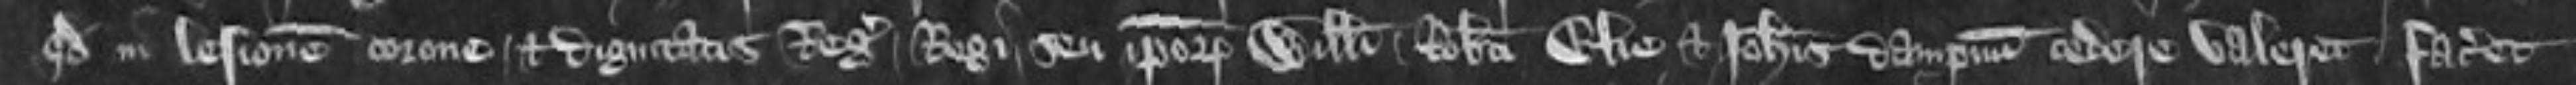
quod in lesionem corone et dignitatis Regis Regi seu ipsorum Willelmi Roberti Elie et Johannis dampnum cedere valeret faceret